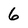
Character: 6